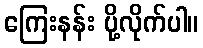
ကြေးနန်း ပို့လိုက်ပါ။